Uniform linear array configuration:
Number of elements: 4
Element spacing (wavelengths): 0.5
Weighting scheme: hann
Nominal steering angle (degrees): -45
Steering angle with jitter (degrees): -44.929
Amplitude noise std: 0.05
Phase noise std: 0.05

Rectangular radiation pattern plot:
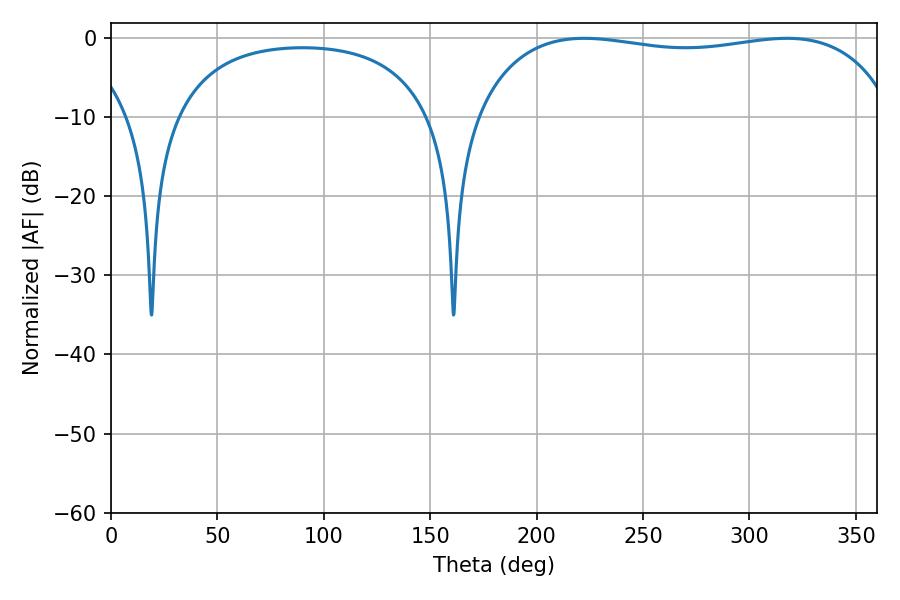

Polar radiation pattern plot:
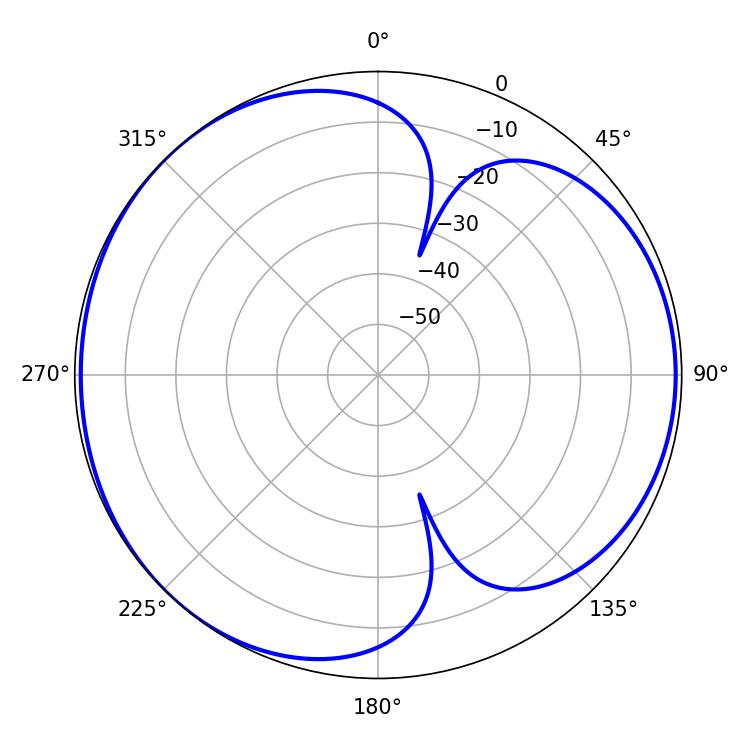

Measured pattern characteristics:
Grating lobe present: FALSE
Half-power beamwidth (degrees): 159.84
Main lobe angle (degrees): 222.3